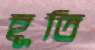
হূতি